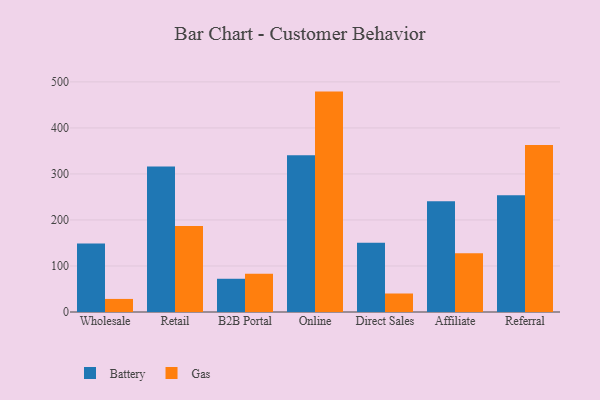
{"axis": {"x": "Channel", "y": "Demand Index"}, "legend": ["Battery", "Gas"], "data": [{"x": "Wholesale", "y": 149.0, "type": "Battery"}, {"x": "Wholesale", "y": 28.4, "type": "Gas"}, {"x": "Retail", "y": 316.1, "type": "Battery"}, {"x": "Retail", "y": 187.1, "type": "Gas"}, {"x": "B2B Portal", "y": 72.2, "type": "Battery"}, {"x": "B2B Portal", "y": 83.1, "type": "Gas"}, {"x": "Online", "y": 340.7, "type": "Battery"}, {"x": "Online", "y": 478.9, "type": "Gas"}, {"x": "Direct Sales", "y": 150.7, "type": "Battery"}, {"x": "Direct Sales", "y": 40.2, "type": "Gas"}, {"x": "Affiliate", "y": 240.5, "type": "Battery"}, {"x": "Affiliate", "y": 127.7, "type": "Gas"}, {"x": "Referral", "y": 253.6, "type": "Battery"}, {"x": "Referral", "y": 362.7, "type": "Gas"}]}